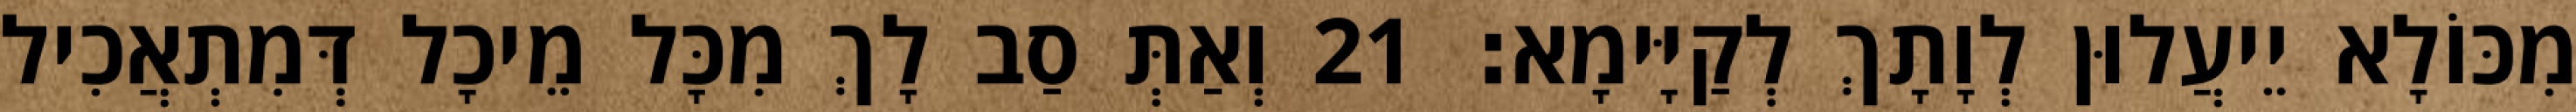
מִכּוֹלָא יֵיעֲלוּן לְוָתָךְ לְקַיָּימָא׃ 21 וְאַתְּ סַב לָךְ מִכָּל מֵיכָל דְּמִתְאֲכִיל